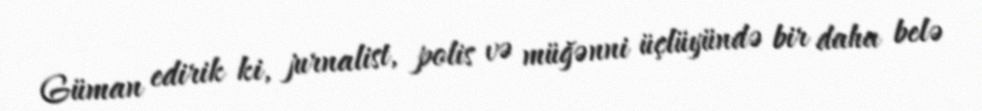
Güman edirik ki, jurnalist, polis və müğənni üçlüyündə bir daha belə